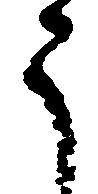
う